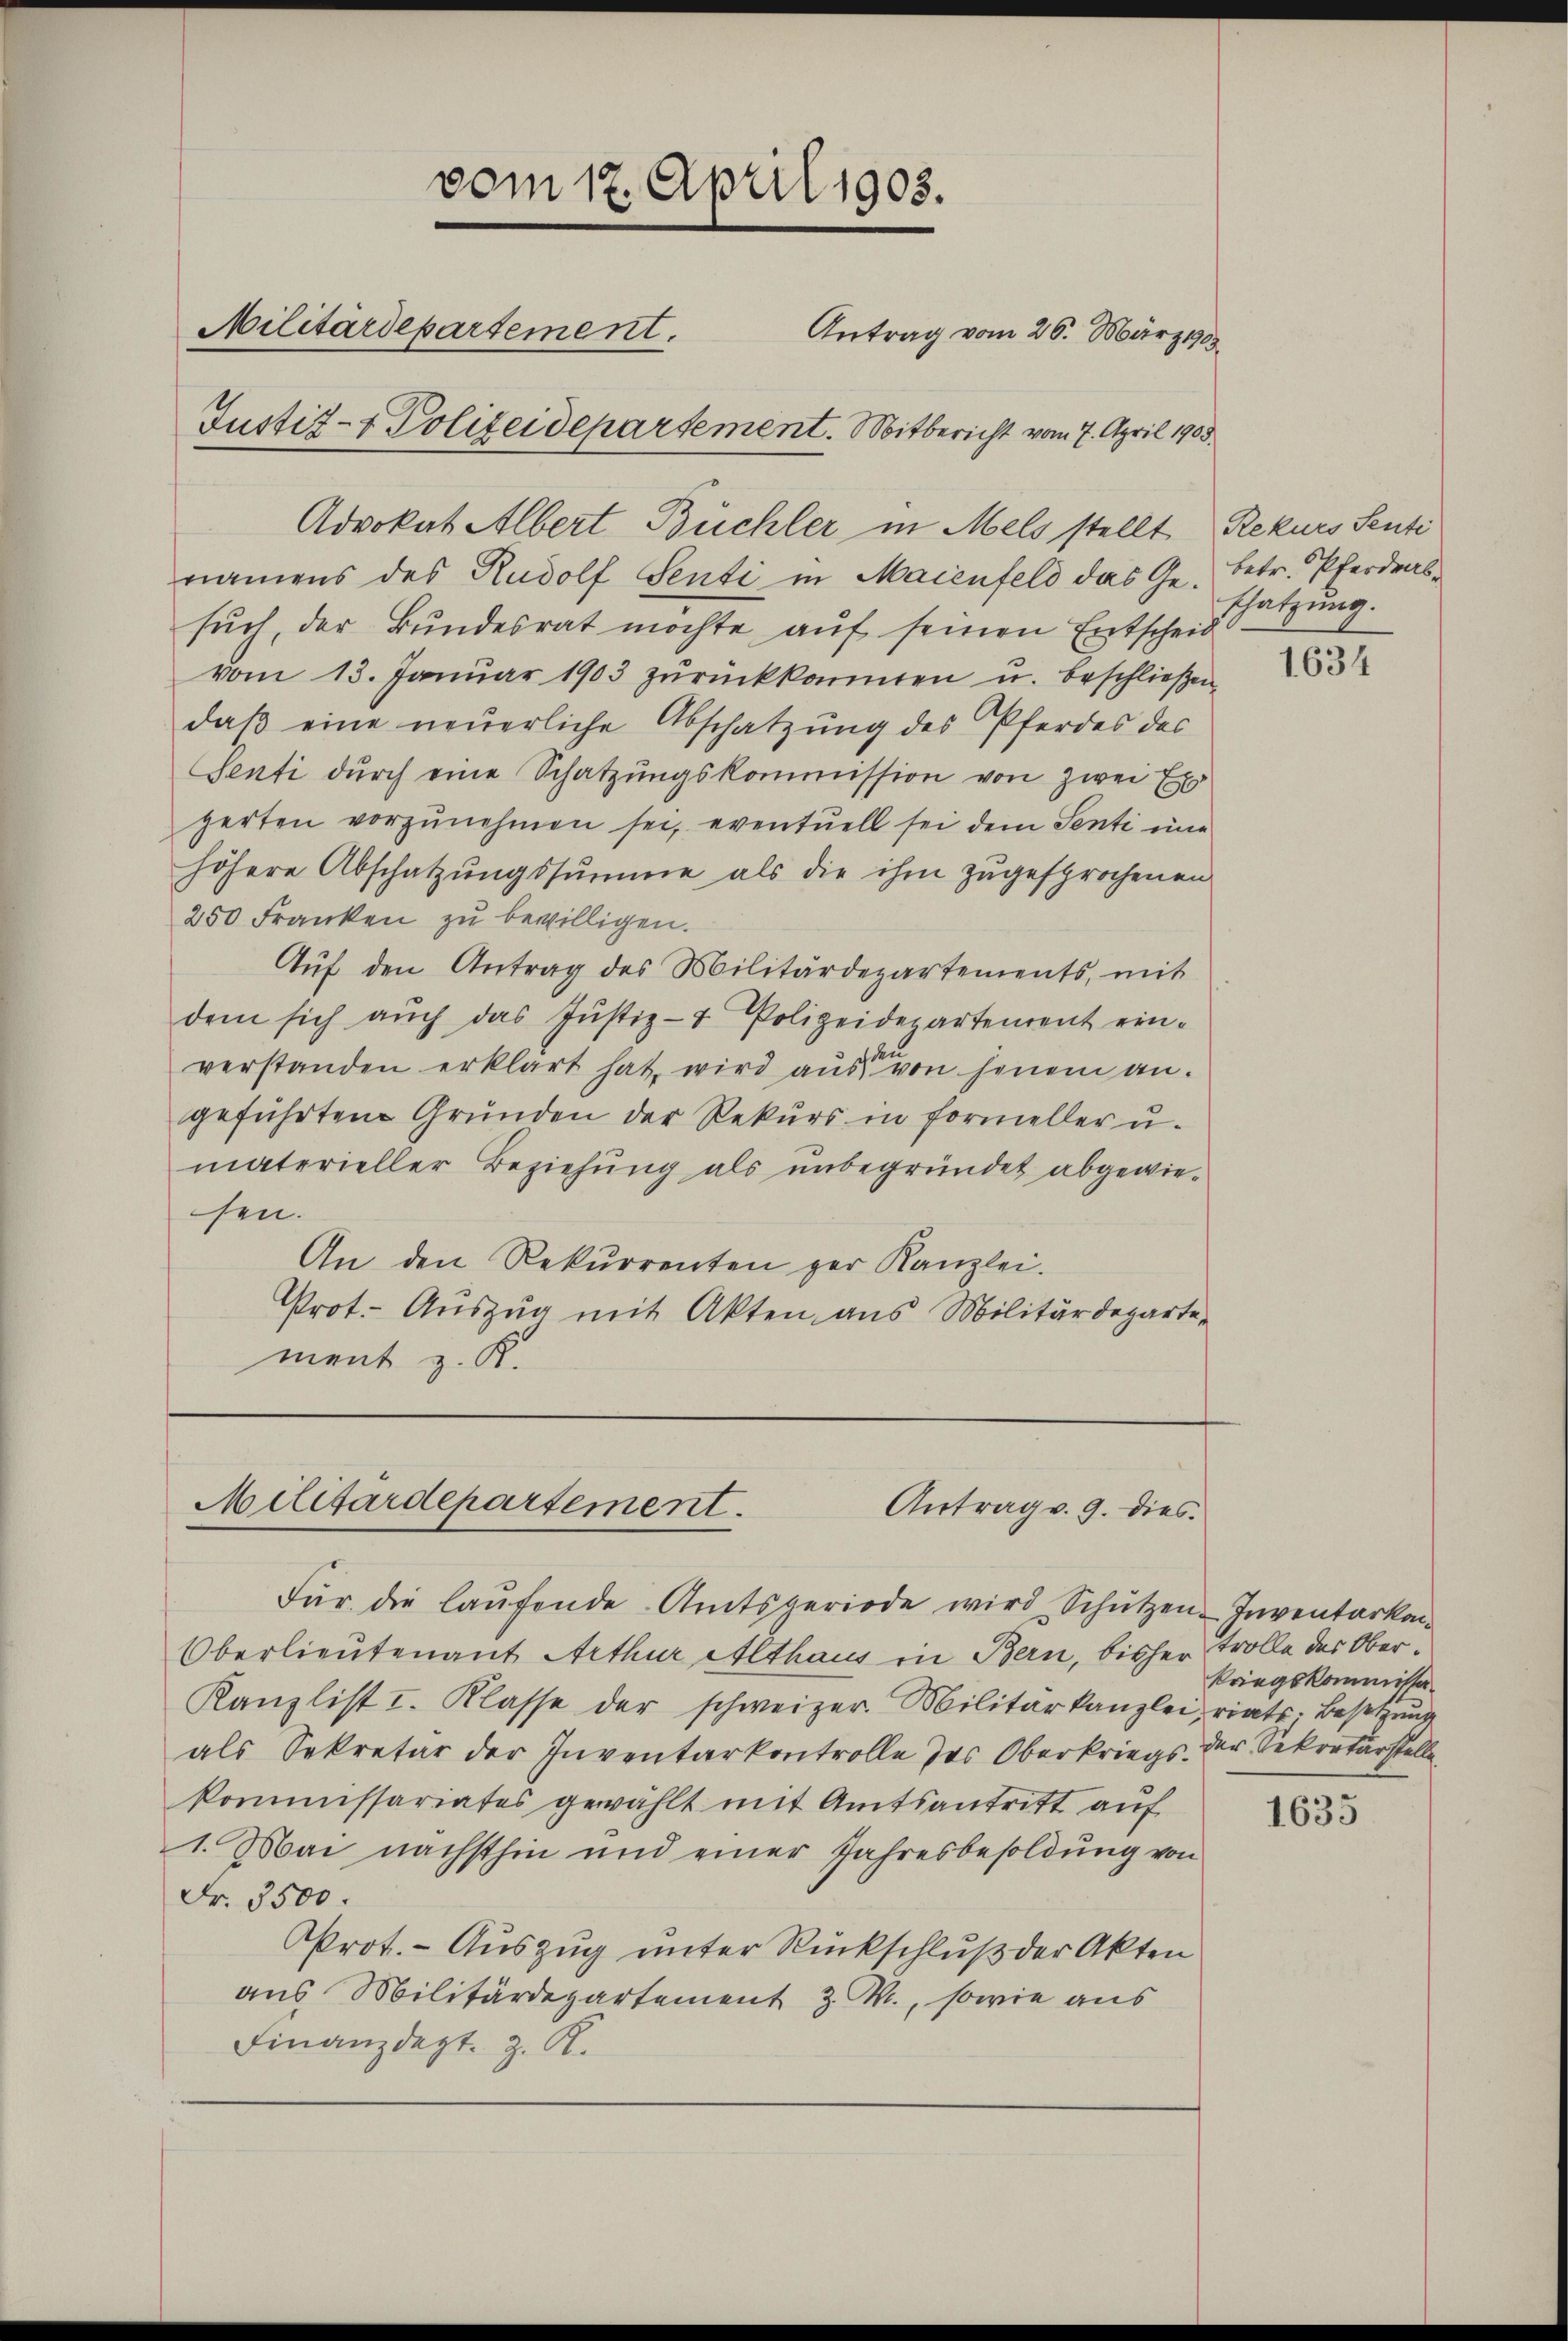
vom 17. April 1903.
Militärdepartement.
Antrag vom 26. März 1905.
Justiz- & Polizeidepartement. Mitbericht vom 7. April 1903.

Advokat Albert Büchler in Mels stellt Rekurs Senti
namens des Rudolf Senti in Maienfeld das Ge- betr. Pferdrassuch, der Bundesrat möchte auf seinen Entscheid
vom 13. Januar 1903 zŭrückkonnten u. beschließen,
daß eine neuerliche Abschatzung des Pferdes des
Senti durch eine Schatzŭngskommission von zwei Ex
gerten vorzunehmen sei, eventuell sei dem Senti eine
höhere Abschatzŭngssumme als die ihm zŭgesprochenen
250 Franken zŭ bewilligen.
Aŭf den Antrag des Militärdepartements, mit
dem sich aŭch das Justiz- & Polizeidepartement ein-
verstanden erklärt hat, wird aus von hinein an.
geführten Grunden der Rekurs in formeller u.
materieller Beziehung als unbegründet abgewiesen.
An den Rekurrenten per Kanzlei.
Prot. Auszug mit Akten aus Militärdepartement z. K.

Militärdepartement.
Antrag v. 9. dies

Für die laufende Amtsperiode wird Schützen Inventarkei
Oberlieutenant Arthur Althaus in Bern, bisher Trolle des Ober¬
Kanzlist I. Klasse der schweizer. Militärkanzlei, riats-Besetzung
als Sekretär der Inventarkontrolle des Oberkriegs der Sekretärstelle
kommissariates gewählt mit Amtsantritt auf
1. Mai nächsthin und einer Jahresbesoldung von
Fr. 3500.
Prot. - Auszug unter Rückschluß der Akten
aus Militärdepartement z. M., sowie aus
Finanzdept. z. R.

schätzung.

1634

kriegskommissa¬

1635